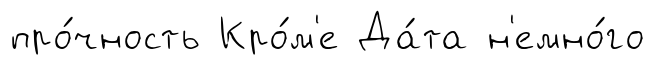
про́чность Кро́м'е Да́та н'емно́го